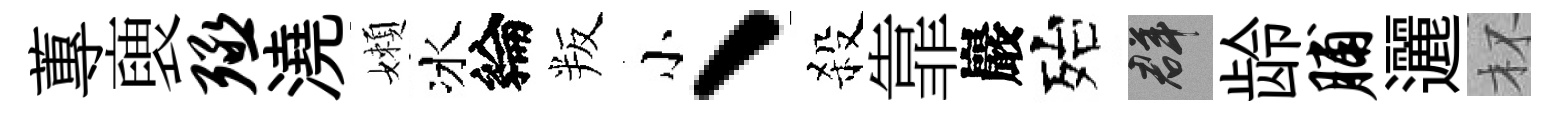
蓴褏殛澆嬾冰綸叛小、殺靠巖殆群龄脯邐杯